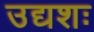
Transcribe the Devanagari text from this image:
उद्यशः